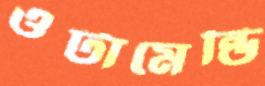
ওটামেন্ডি